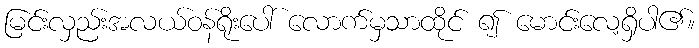
မြင်းလှည်းအလယ်ဝန်ရိုးပေါ် လောက်မှသာထိုင် ၍ မောင်းလေ့ရှိပါ၏။